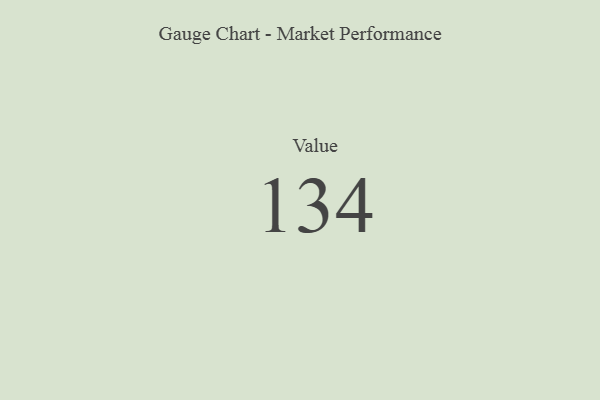
{"axis": {"x": "Metric", "y": "Value"}, "legend": [""], "data": [{"x": "Value", "y": 134, "type": ""}]}